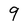
Character: 9